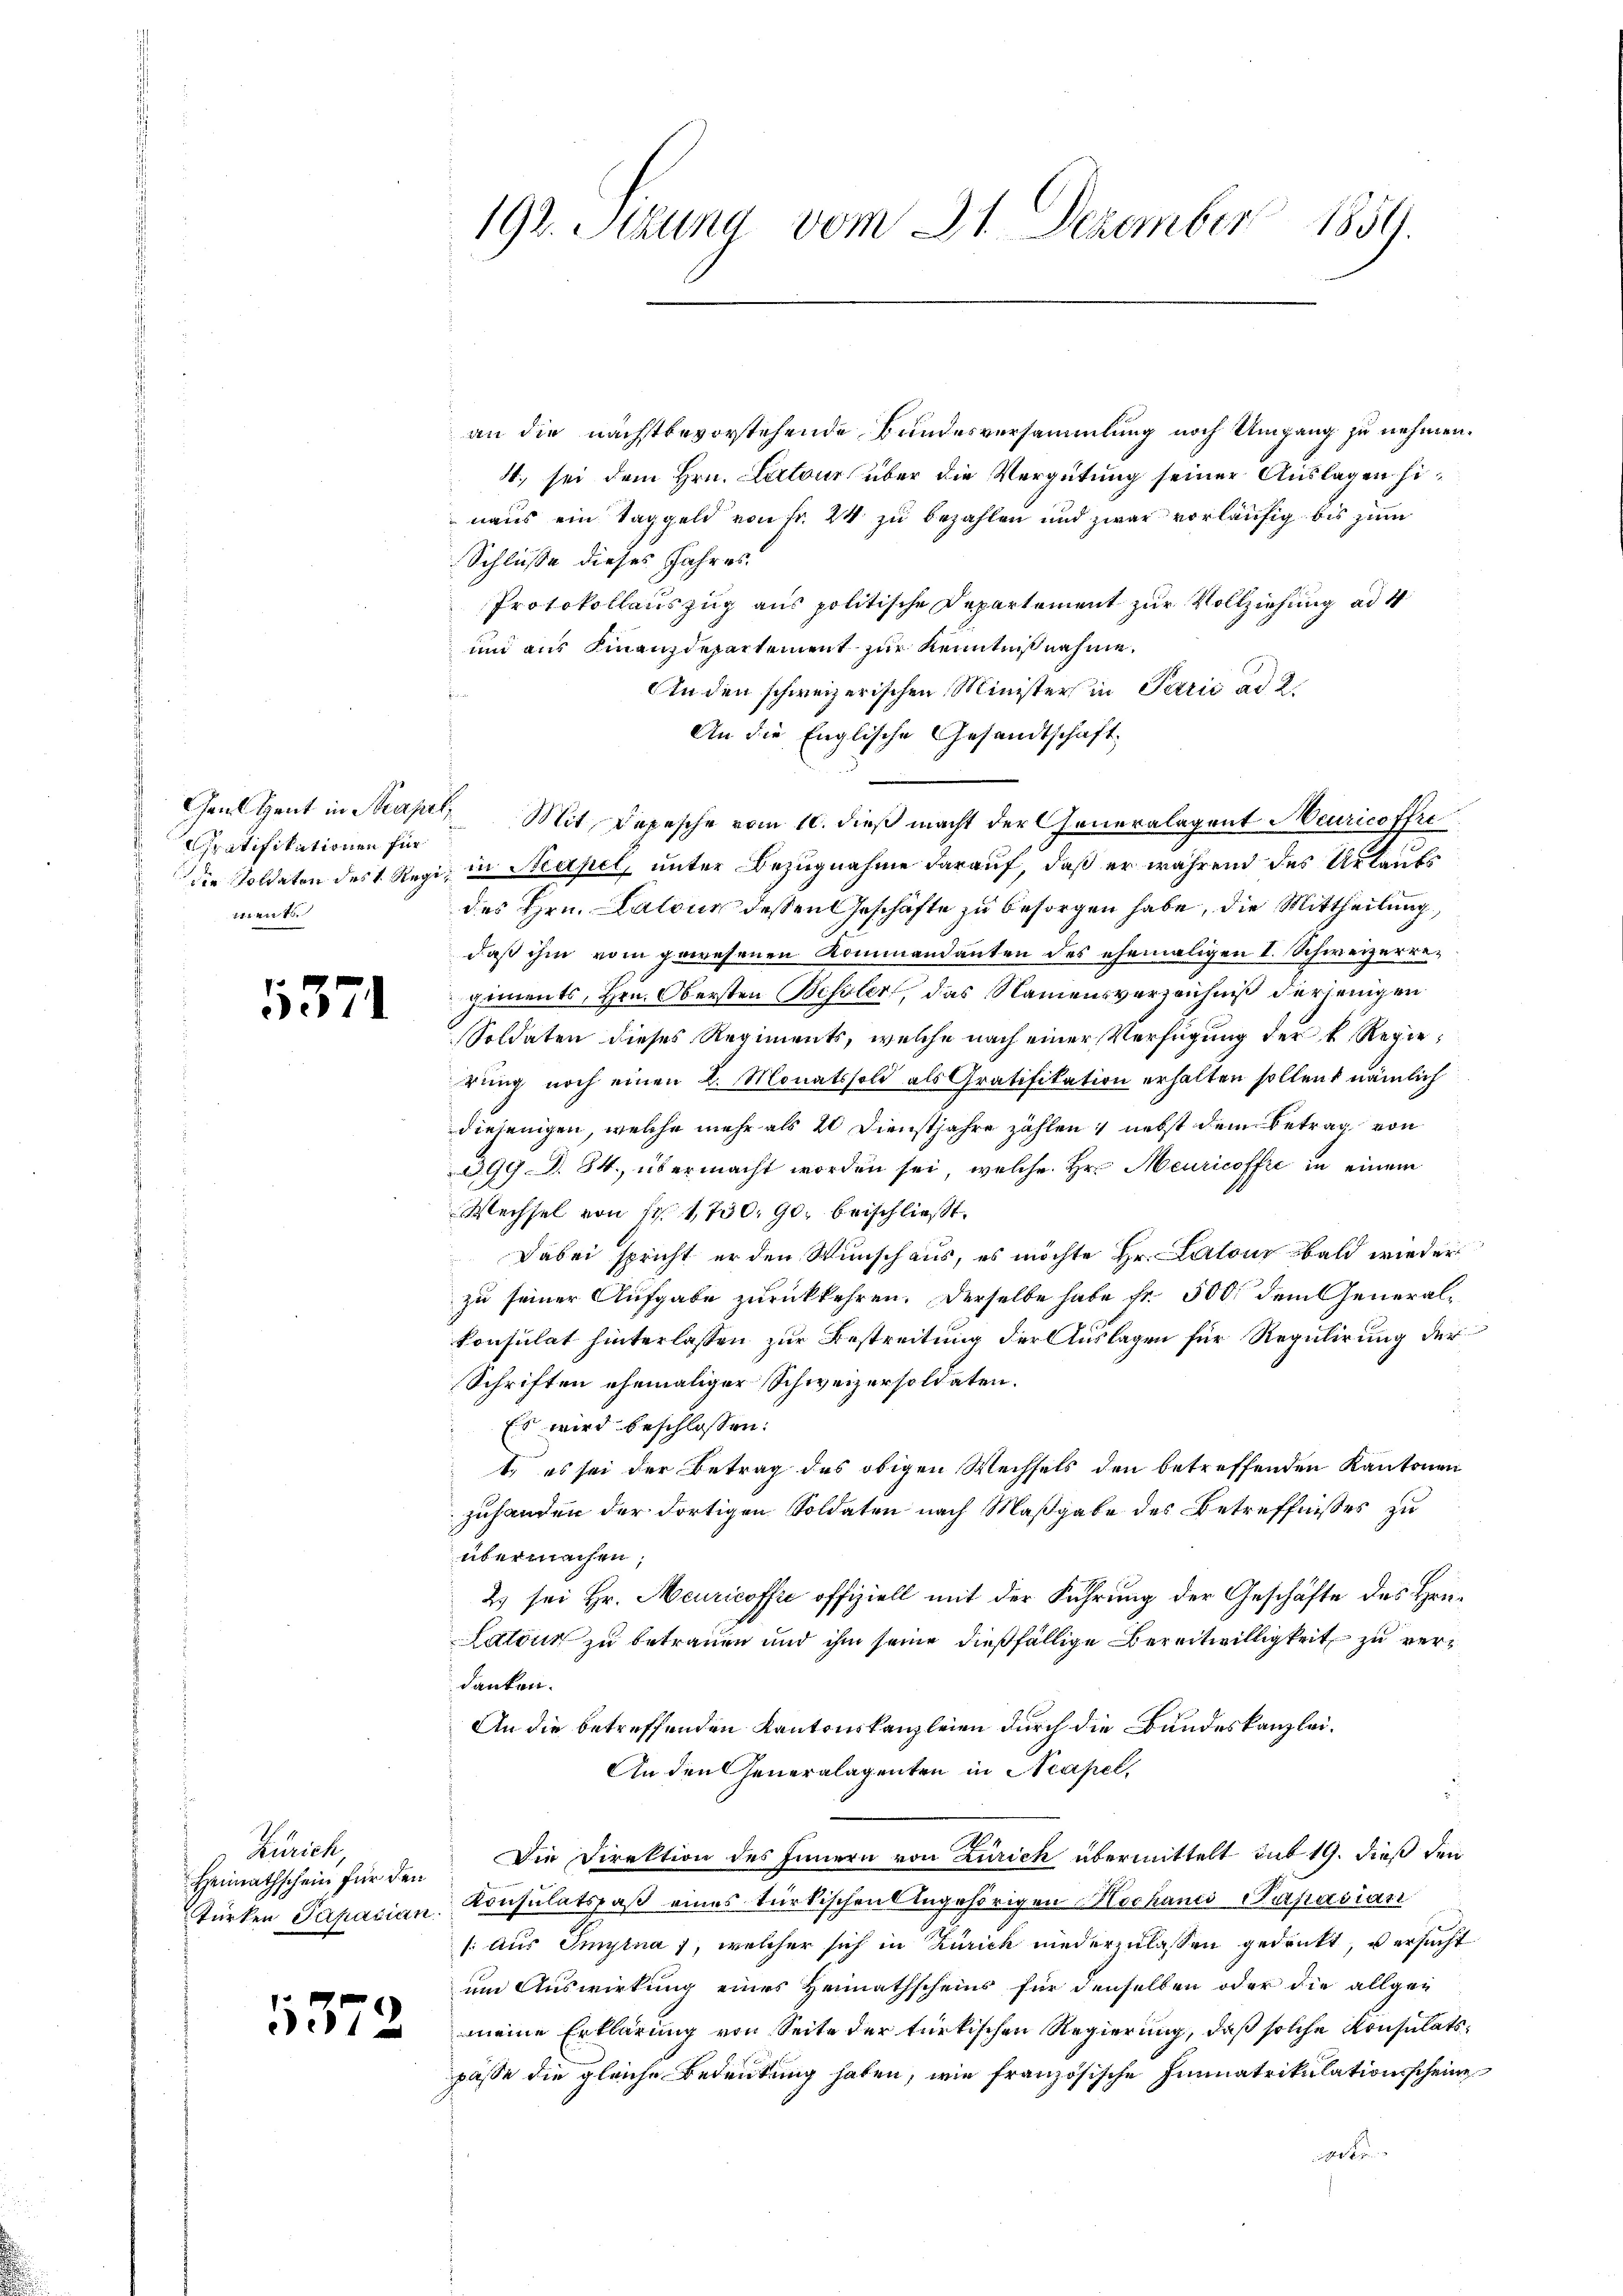
Gent Heut in Strapal
Gratifikationen für
svert

5371

Zürich,
Heimathschein für den
türken Papacian.

1572

192. Setzung vom 31. Dezember 1859.

an die nächstbevorstehende Bundesversammlung noch Umgang zu nehmen.
8t. sei dem Hrn. Lartour über die Vergütung seiner Auslagen hinaus ein Taggeld von fr. 24 zu bezahlen und zwar vorläufig bis zum
Schlüsse dieses Jahres.
Protokollauszug aus politische Departement zur Vollziehung ad 4
und aus Finanzdepartement zur Kenntniß nehme.
An den schweizerischen Minister in Parii ad 2.
An die Englische Gesandtschaft.
Mit Depesche vom 10. dieß macht der Generalagent Meuricoffre
die Soldaten des 1. Regi, in Strapel, unter Bezugnahme darauf, daß er während des Urlaubs
des Hrn. Latone dessen Geschäfte zu besorgen habe, die Mittheilung,
daß ihm vom gewesenen Kommandanten des ehemaligen I. Schweizerregiments, Hrn. Obersten Besoler, das Namensverzeichniß derjenigen
Soldaten dieses Regiments, welche nach einer Verfügung der k. Regierung noch einen L. Monatssold als Gratifikation erhalten sollen, nämlich
diejenigen, welche mehr als 4 Dienstjahre zahlen, nebst dem Betrag von
399 §. 34. übermacht worden sei, welche Hr. Meuricoffe in einem
Wechsel von fr. 1730. 90. beischließt:
Dabei spricht er den Winschaus, es möchte Hr. Lalous bald wieder
zu seiner Aufgabe zurückkehren. Derselbe habe fr. 500 dem Generalkonsulat hinterlassen zur Bestreitung der Auslagen für Regulirung der
Schriften ehemaliger Schweizersoldaten.
Es wird beschlossen:
t es sei der Betrag des obigen Wechsels den betreffenden Kantonen
zuhanden der dortigen Soldaten nach Maßgabe des Betreffnisses zu
übermachen,
2 sei Hr. Meuricoffre offiziell mit der Führung der Geschäfte des Hon¬
Latour zu betrauen und ihm seine dießfällige Bereitwilligkeit zu verdanken.
An die betreffenden Kantonskanzleien durch die Bundeskanzlei.
An den Generalagenten in Neapel,
Die Direktion des Innern von Zürich übermittelt sub 19. dieß den
Konsulatspaß eines türkischen Angehörigen Mechanis Papasian
s: aus Tinytna), welcher sich in Zürich niederzulassen gedrukt, versucht
um Auswirkung eines Heimathscheins für denselben oder die allgemeine Erklärung von Seite der türkischen Regierung, daß solche Konsulatspässe die gleiche Bedeutung haben, wie französische Einnatrikulationsscheine